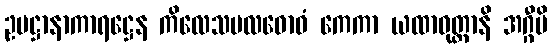
ဥပဋ္ဌာနာကာရဋ္ဌေန ကိလေသမလဓောဝံ ကေကာ ယထာဝုတ္တာနိ အဂ္ဂီပိ